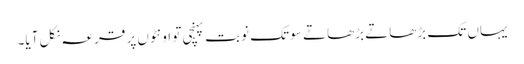
یہاں تک بڑھاتے بڑھاتے سو تک نوبت پہنچی تو اونٹوں پر قرعہ نکل آیا۔